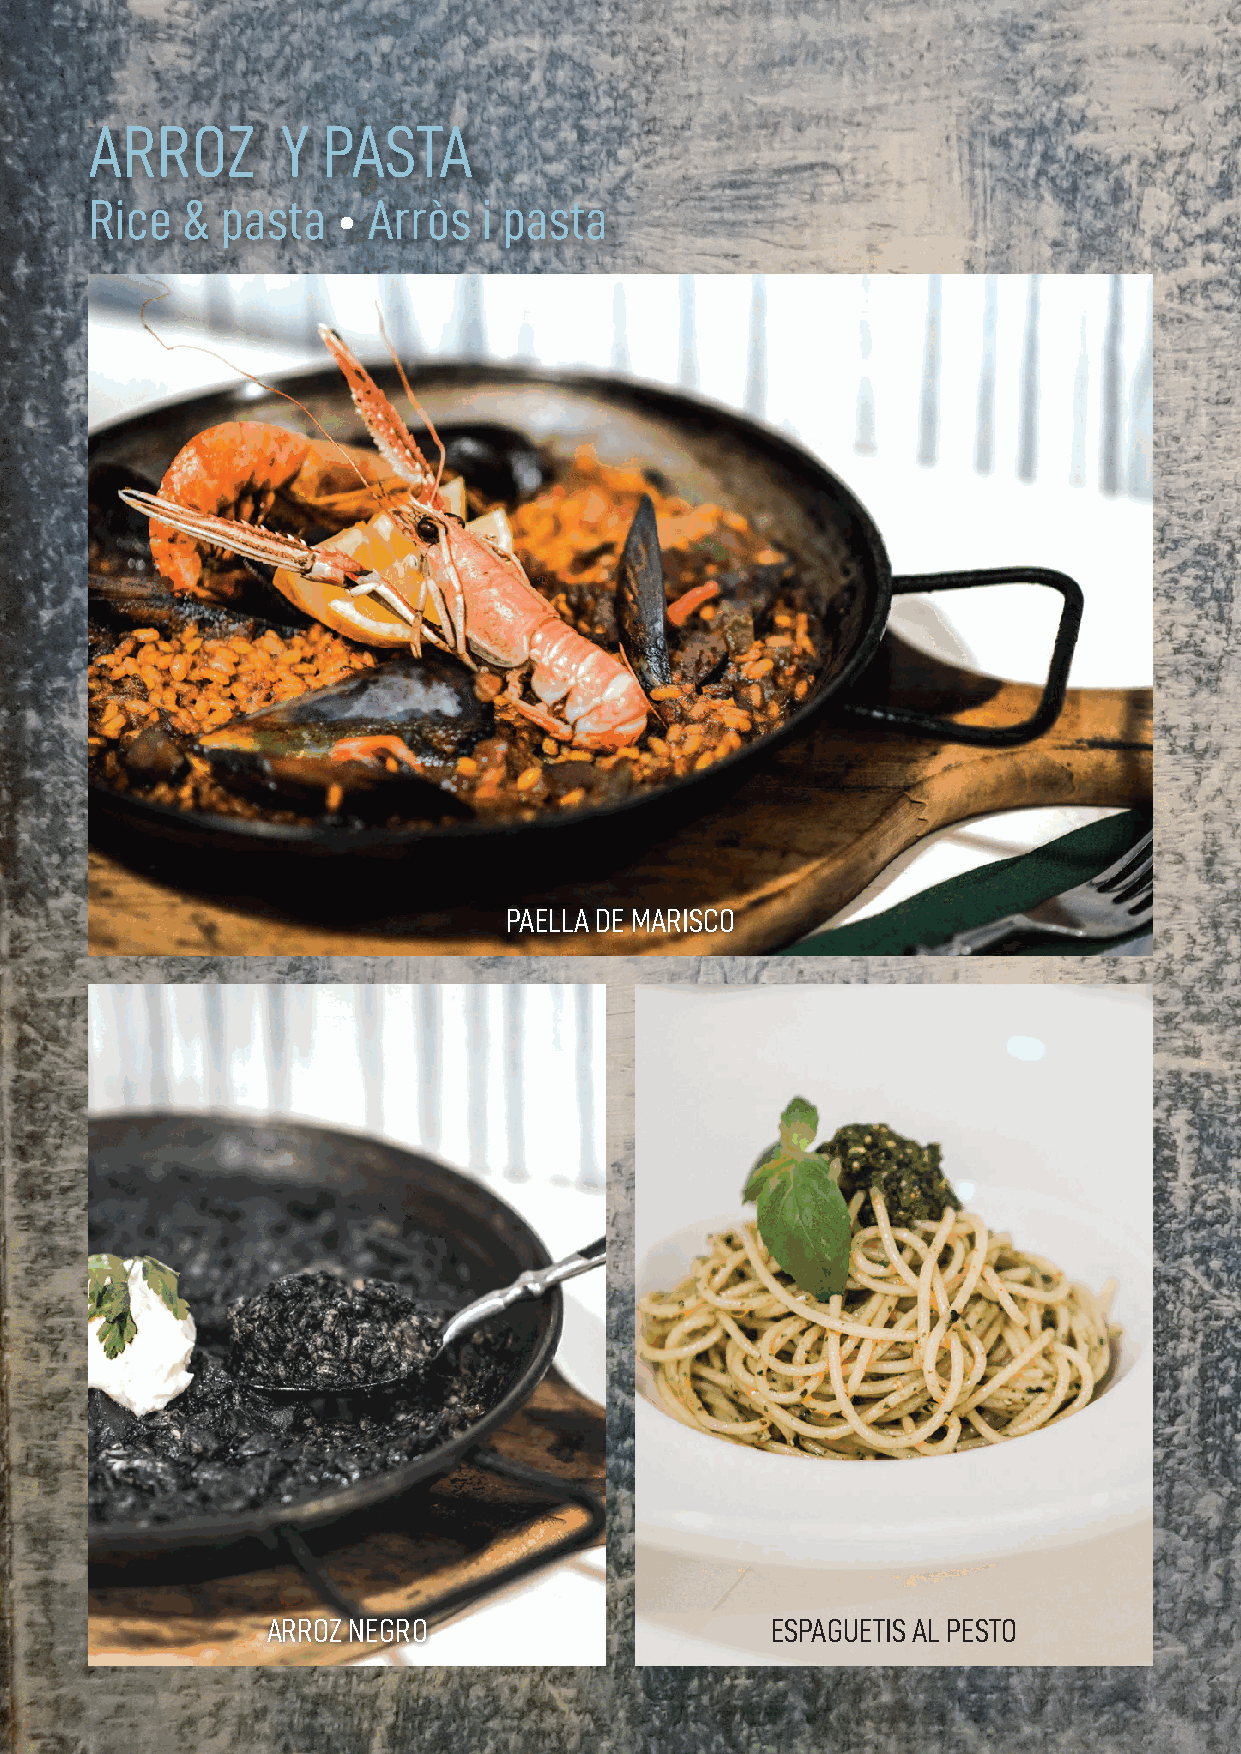
ARROZ        Y PASTA
 Rice  &  pasta  • Arròs   i pasta
 PAELLA DE MARISCO
 ARROZ NEGRO                      ESPAGUETIS AL PESTO